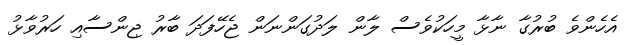
އެހެންވެ ބުރުގާ ނާޅާ މީހަކުވެސް ލާން ލަދުގަންނަން ޖެހޭފަދަ ބާރު ޖިންސާއި ހަރުވާޅު